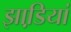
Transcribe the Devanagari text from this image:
झाडि़यां